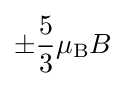
\pm {\frac {5}{3}}\mu _{\text{B}}B